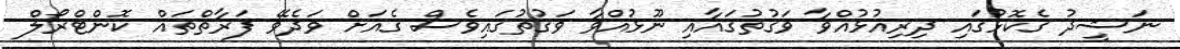
ނަޝީދު ގެކޮޅުގައި ދިރިއުޅުއްވާ ވަގުތުގައާއި ނޫޅުއްވާ ވަގުތުގައިވެސް ގެއަށް ވަދެވޭ ފަރާތްތައް ކޮންޓްރޯލް